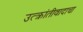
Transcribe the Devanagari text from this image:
उत्क्रांतीवादाचा